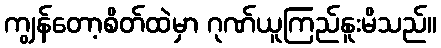
ကျွန်တော့စိတ်ထဲမှာ ဂုဏ်ယူကြည်နူးမိသည်။